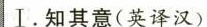
Ⅰ.知其意(英译汉)